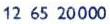
12 65 20000